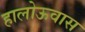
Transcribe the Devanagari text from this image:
हालोऊवास